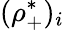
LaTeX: (\rho_{+}^{*})_{i}